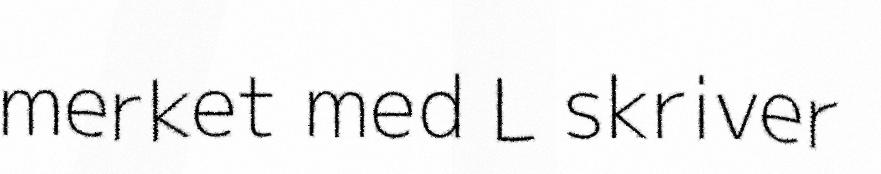
merket med L skriver